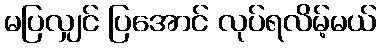
မပြလျှင် ပြအောင် လုပ်ရလိမ့်မယ်